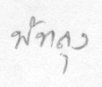
พัทลุง